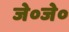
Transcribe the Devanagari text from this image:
जे०जे०